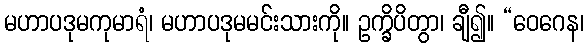
မဟာပဒုမကုမာရံ၊ မဟာပဒုမမင်းသားကို။ ဥက္ခိပိတွာ၊ ချီ၍။ “ဝေဂေန၊